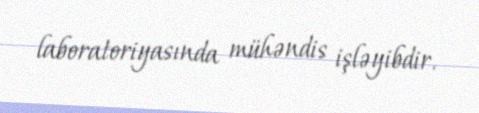
laboratoriyasında mühəndis işləyibdir.